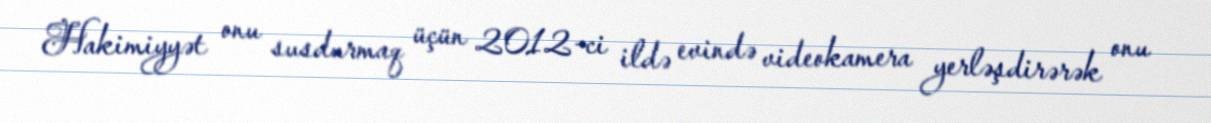
Hakimiyyət onu susdurmaq üçün 2012-ci ildə evində videokamera yerləşdirərək onu